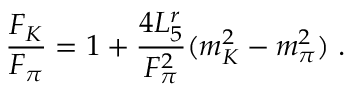
\frac { F _ { K } } { F _ { \pi } } = 1 + \frac { 4 L _ { 5 } ^ { r } } { F _ { \pi } ^ { 2 } } ( m _ { K } ^ { 2 } - m _ { \pi } ^ { 2 } ) \; .